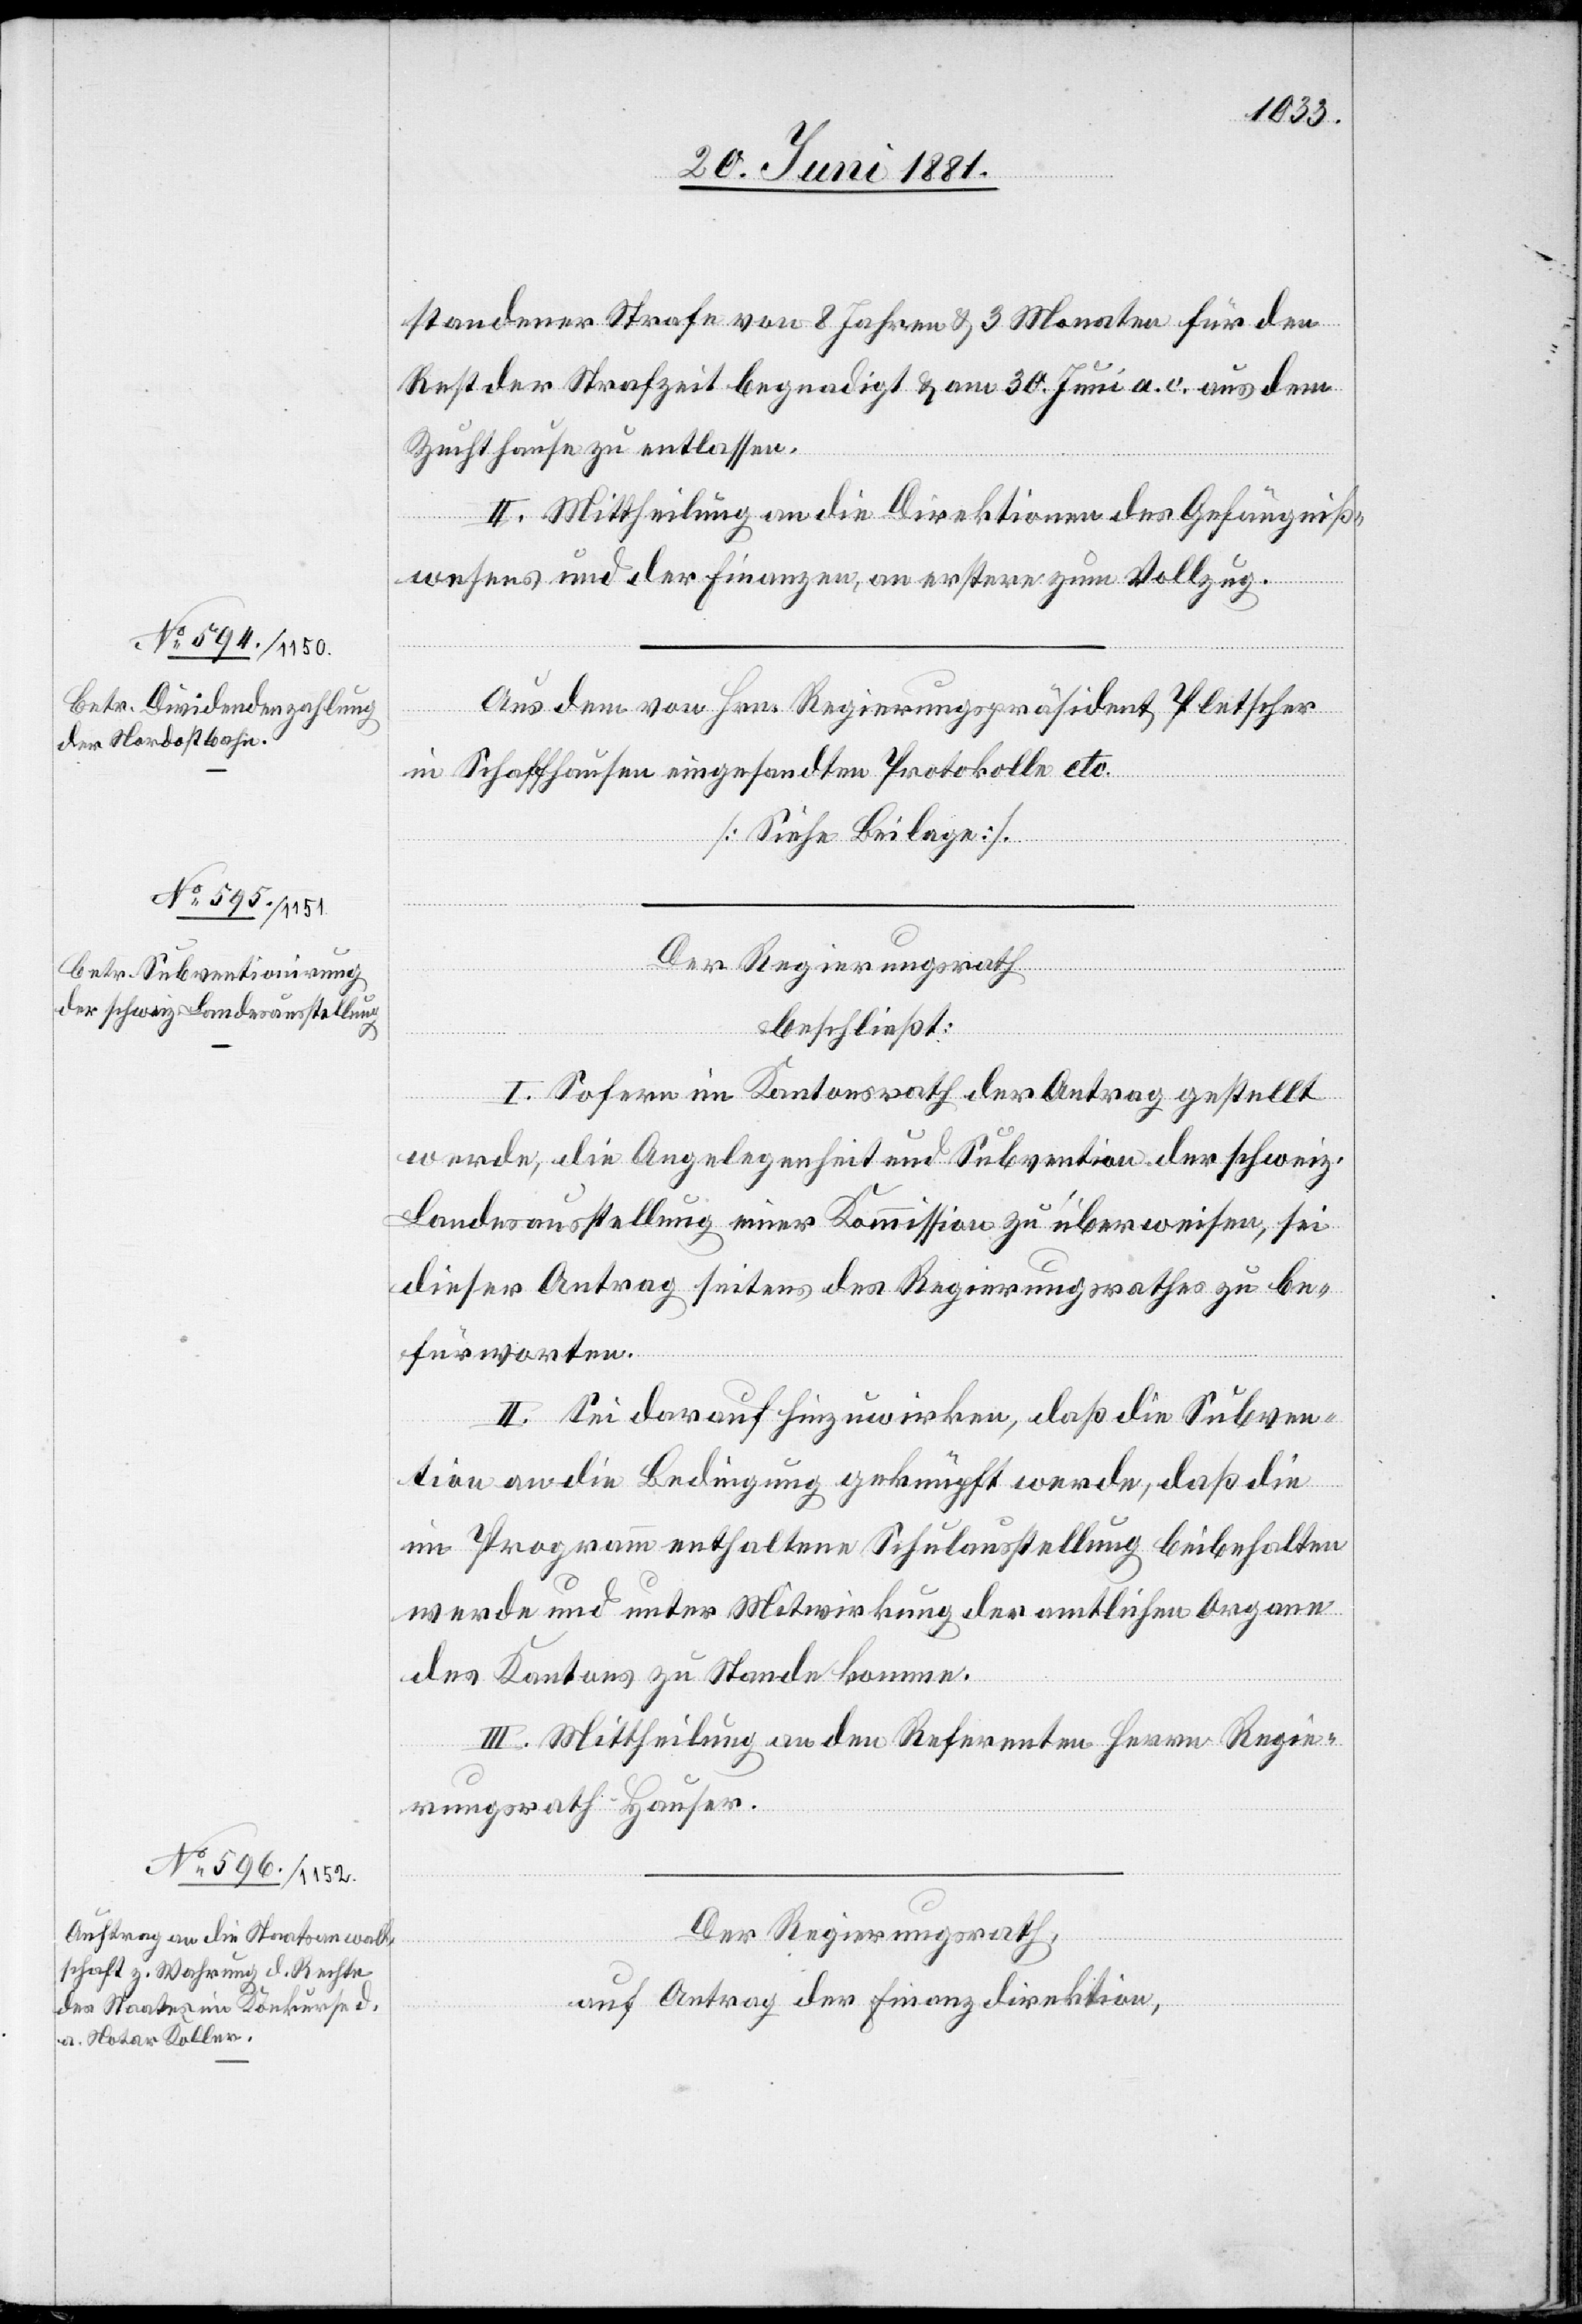
standener Strafe von 8 Jahren & 3 Monaten für den
Rest der Strafzeit begnadigt & am 30. Juni a. c. aus dem
Zuchthaus zu entlassen.
II. Mittheilung an die Direktion des Gefängniß¬
wesens und der Finanzen, an erstere zum Vollzug.
Der Regierungsrath
beschließt:
I. Sofern im Kantonsrath der Antrag gestellt
werde, die Angelegenheit und Subvention der schweiz.
Landesausstellung einer Kommission zu überweisen, sei
dieser Antrag seitens des Regierungsrathes zu be¬
fürworten.
II. Sei darauf hinzuwirken, daß die Subven¬
tion an die Bedingung geknüpft werde, daß die
im Programm enthaltene Schulausstellung beibehalten
werde und unter Mitwirkung der amtlichen Organe
des Kantons zu Stande kommen.
III. Mittheilung an den Referenten Herrn Regie¬
rungsrath Hauser.
Der Regierungsrath,
auf Antrag der Finanzdirektion,